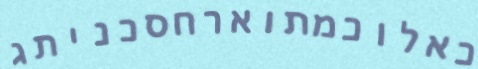
כאלוכמתוארחסכניתג